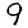
Digit: 9